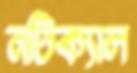
নটিক্যাল